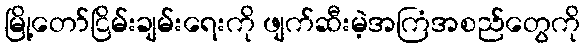
မြို့တော်ငြိမ်းချမ်းရေးကို ဖျက်ဆီးမဲ့အကြံအစည်တွေကို